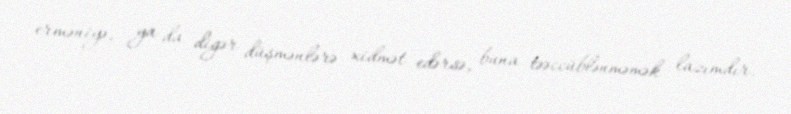
erməniyə, ya da digər düşmənlərə xidmət edərsə, buna təəccüblənməmək lazımdır.